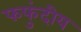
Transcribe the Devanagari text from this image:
फफुंदीय